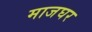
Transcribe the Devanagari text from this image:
माजघर